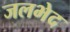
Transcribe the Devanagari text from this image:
जलभेद